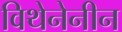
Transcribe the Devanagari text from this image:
विथेनेनीन